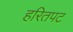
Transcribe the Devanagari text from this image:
हरितपट